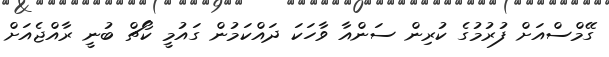
ގޭމްސްއަށް ފުރުމުގެ ކުރިން ސަންއާ ވާހަކަ ދައްކަމުން ގައުމީ ކޯޗް ބުނީ ރާއްޖެއަށް